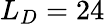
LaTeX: L_{D}=24